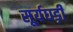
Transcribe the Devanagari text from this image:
सूर्यघड़ी